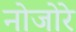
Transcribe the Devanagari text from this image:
नोजोरे